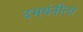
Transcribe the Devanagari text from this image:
दमयंतीला